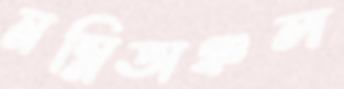
নম্নিঅঞ্চল